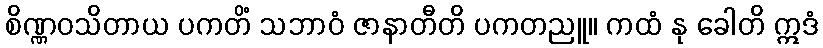
စိဏ္ဏဝသိတာယ ပကတိံ သဘာဝံ ဇာနာတီတိ ပကတညူ။ ကထံ နု ခေါတိ ဣဒံ